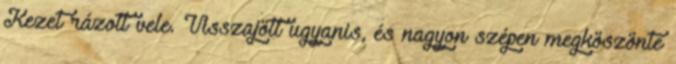
Kezet rázott vele. Visszajött ugyanis, és nagyon szépen megköszönte